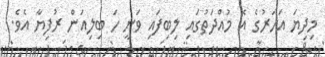
މިދިޔަ އަހަރުގެ އެ މުއްދަތުގައި ލިބިފައި ވަނީ ހަ ބިލިއަން ރުފިޔާ އެވެ.